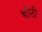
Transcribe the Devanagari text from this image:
चीऩी